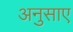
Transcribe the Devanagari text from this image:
अनुसाए